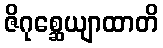
ဇိဂုစ္ဆေယျာထာတိ